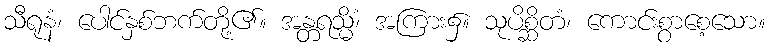
သီရုနံ၊ ပေါင်နှစ်ဘက်တို့၏။ အန္တရသ္မိံ၊ အကြား၌။ သုပိစ္ဆိတံ၊ ကောင်းစွာစေ့သော။